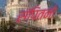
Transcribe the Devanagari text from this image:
संपितनो